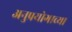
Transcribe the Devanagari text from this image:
अनुप्रयोगाच्या